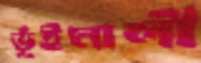
ভূঁইমালী